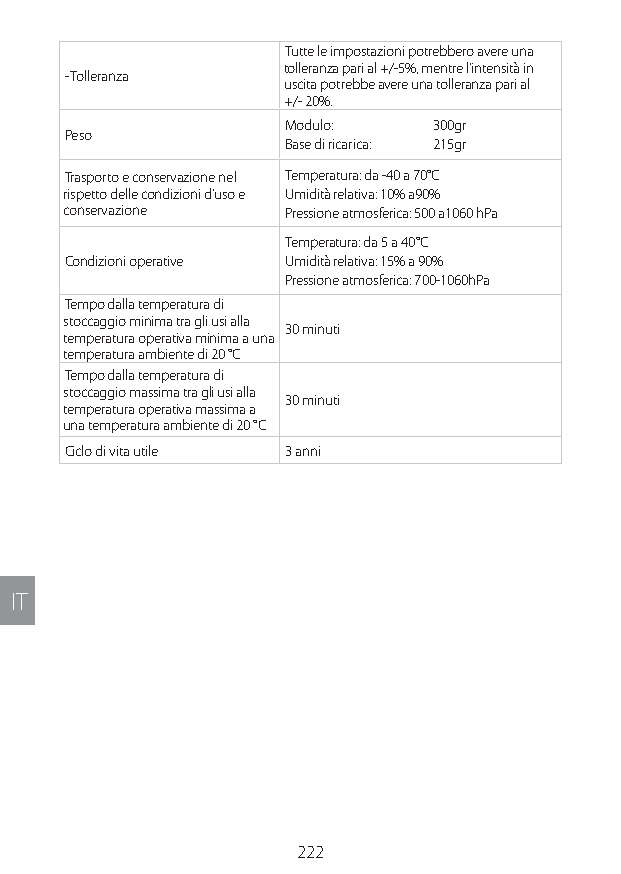
Tutte le impostazioni potrebbero avere una
 tolleranza pari al +/-5%, mentre l’intensità in
 - Tolleranza
 uscita potrebbe avere una tolleranza pari al
 +/- 20%.
 Modulo:  300gr
 Peso
 Base di ricarica: 215gr
 Trasporto e conservazione nel Temperatura: da -40 a 70°C
 rispetto delle condizioni d’uso e Umidità relativa: 10% a90%
 conservazione  Pressione atmosferica: 500 a1060 hPa
 Temperatura: da 5 a 40°C
 Condizioni operative Umidità relativa: 15% a 90%
 Pressione atmosferica: 700-1060hPa
 Tempo dalla temperatura di
 stoccaggio minima tra gli usi alla
 30 minuti
 temperatura operativa minima a una
 temperatura ambiente di 20 °C
 Tempo dalla temperatura di
 stoccaggio massima tra gli usi alla
 30 minuti
 temperatura operativa massima a
 una temperatura ambiente di 20 °C
 Ciclo di vita utile 3 anni
 IT
 222
 Lipo UM EU124 3545B inside ALL EU124 ED296-24 release.indd 222 14/08/2018 10:57:46